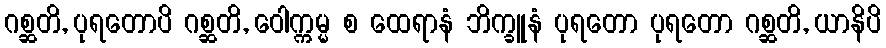
ဂစ္ဆတိ, ပုရတောပိ ဂစ္ဆတိ, ဝေါက္ကမ္မ စ ထေရာနံ ဘိက္ခူနံ ပုရတော ပုရတော ဂစ္ဆတိ, ယာနိပိ